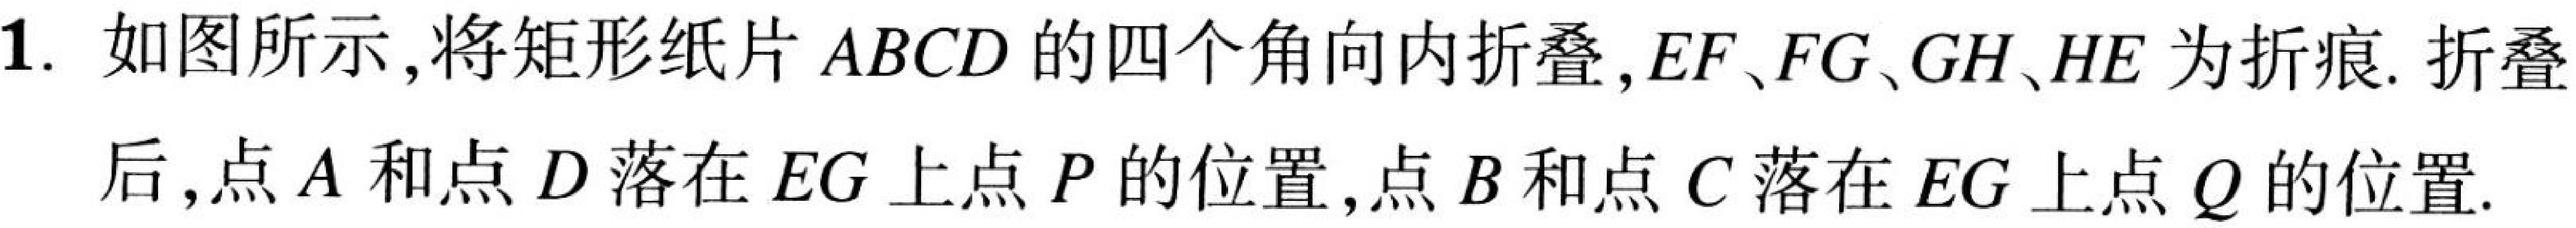
1. 如图所示,将矩形纸片 \(ABCD\) 的四个角向内折叠,\(EF、FG、GH、HE\) 为折痕. 折叠后,点 \(A\) 和点 \(D\) 落在 \(EG\) 上点 \(P\) 的位置,点 \(B\) 和点 \(C\) 落在 \(EG\) 上点 \(Q\) 的位置.